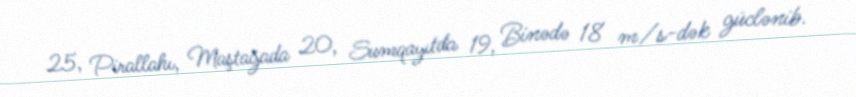
25, Pirallahı, Maştağada 20, Sumqayıtda 19, Binədə 18 m/s-dək güclənib.